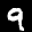
Label: 9